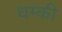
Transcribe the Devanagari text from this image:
धम्की